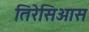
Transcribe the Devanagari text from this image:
तिरेसिआस